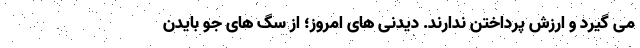
می گیرد و ارزش پرداختن ندارند. دیدنی های امروز؛ از سگ های جو بایدن